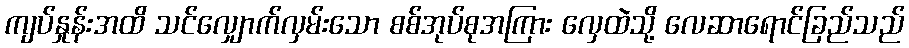
ကျပ်နှုန်းအထိ သင်လျှောက်လှမ်းသော စစ်အုပ်စုအကြား လှေထဲသို့ လေဆာရောင်ခြည်သည်